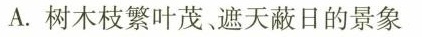
A.树木枝繁叶茂、遮天蔽日的景象